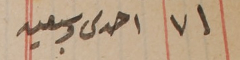
٧١ احدى وسبعين